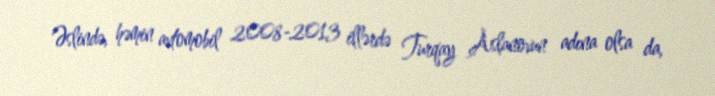
Əslində, həmin avtomobil 2008-2013 illərdə Turqay Aslanovun adına olsa da,